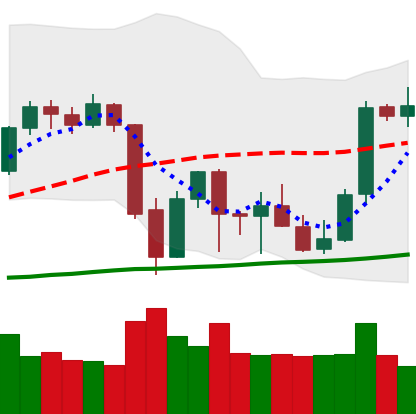
Ticker: BTC-USD
Chart end date: 2021-10-03
Forward return: 11.967%
Label: up_7plus